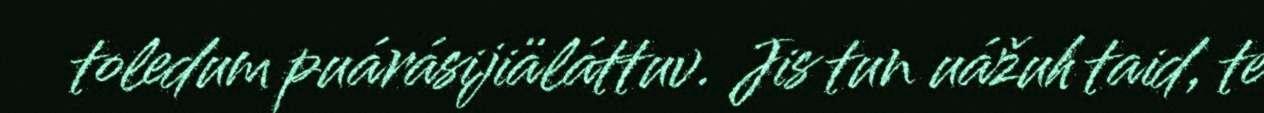
toledum puárásijiäláttuv. Jis tun uážuh taid, te